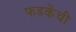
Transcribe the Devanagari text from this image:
फडकेंची